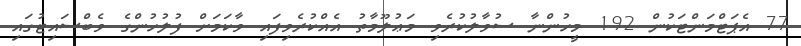
77 އެޕަޓްމަންޓަކުން 192 މީހުންނާ ސުވާލުކުރެވި މަޢުލޫމާތު އެއްކުރެވިފައި ވާކަމަށް ފުލުހުންގެ ވެބްސައިޓުގައި